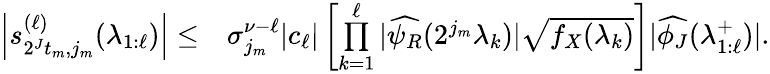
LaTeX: \begin{array}{rl}{\left|s_{2^{J}t_{m},j_{m}}^{(\ell)}(\lambda_{1:\ell})\right|\leq}&{\sigma_{j_{m}}^{\nu-\ell}|c_{\ell}|\left[\overset{\ell}{\underset{k=1}{\prod}}|\widehat{\psi_{R}}(2^{j_{m}}\lambda_{k})|\sqrt{f_{X}(\lambda_{k})}\right]|\widehat{\phi_{J}}(\lambda_{1:\ell}^{+})|.}\end{array}